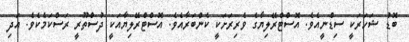
ބޮޑު ޝަހަރަކީ ސިޑްނީއެވެ. އޮސްޓްރޭލިޔާގެ ވެރިރަށަކީ ކެންބަރާއެވެ. އޮސްޓްރޭލިޔާއަކީ ދުސްތޫރީ ރަސްކަމެކެވެ. އަދި